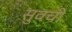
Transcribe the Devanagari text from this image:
सुवची